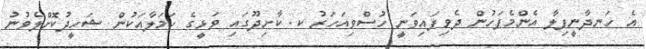
އެ ހަނދާނީފިލާ އެންމެފަހުން ދެވިފައިވަނީ ހުސްވިއަހަރު ކ. ކާށިދޫގައި ވަޅީގެ ހަމަލާއަކުން ޝަހީދުކޮށްލެވުނު